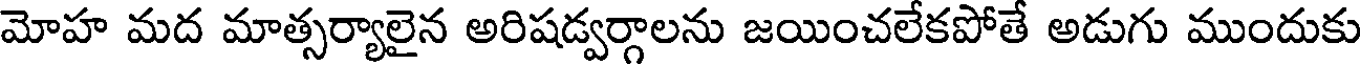
మోహ మద మాత్సర్యాలైన అరిషడ్వర్గాలను జయించలేకపోతే అడుగు ముందుకు